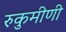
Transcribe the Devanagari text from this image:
रुकुमीणी